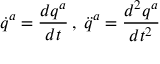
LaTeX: \dot { q } ^ { a } = \frac { d q ^ { a } } { d t } \, , \; \ddot { q } ^ { a } = \frac { d ^ { 2 } q ^ { a } } { d t ^ { 2 } }